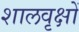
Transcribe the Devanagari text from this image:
शालवृक्षों